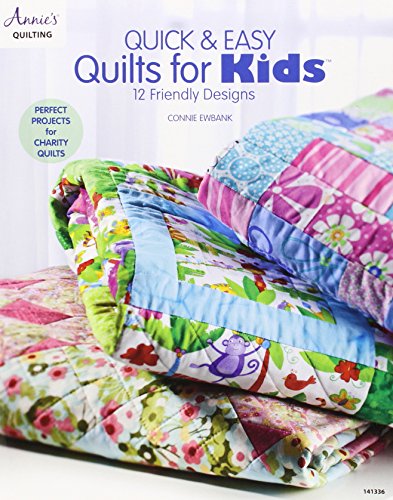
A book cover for Quick & Easy Quilts for Kids: 12 Friendly Designs; Connie Ewbank; Crafts, Hobbies & Home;